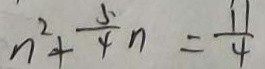
n ^ { 2 } + \frac { 5 } { 4 } n = \frac { 1 1 } { 4 }